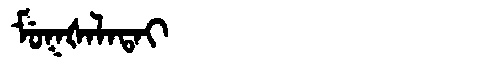
Manchu: ᠮᡠᡴᡧᠠᠯᠠᡨᠠᡳ
Romanization: MUKŠALATAI